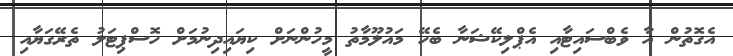
އެގޮތުން އާ ވެބްސައިޓާއި އެޕްލިކޭޝަނާ ބެހޭ މައުލޫމާތު މީހުންނަށް ކިޔައިދިނުމަށް ހޮސްޕިޓަލު ތެރޭގަޔާއި